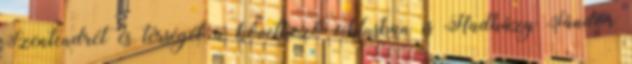
Szentendrét és térségét a következő ciklusban is Hadházy Sándor